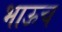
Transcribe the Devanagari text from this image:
भाऊच